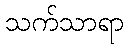
သက်သာရာ